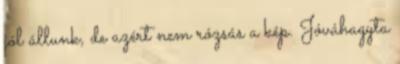
jól állunk, de azért nem rózsás a kép. Jóváhagyta